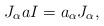
LaTeX: \begin{align*} J_\alpha a I=a_\alpha J_\alpha, \end{align*}